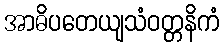
အာဓိပတေယျသံဝတ္တနိကံ